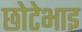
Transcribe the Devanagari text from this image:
छोटेभाइ